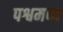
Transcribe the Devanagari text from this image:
पश्वमध्य